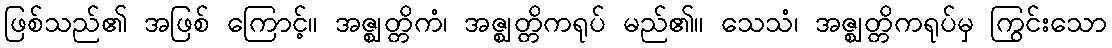
ဖြစ်သည်၏ အဖြစ် ကြောင့်။ အဇ္ဈတ္တိကံ၊ အဇ္ဈတ္တိကရုပ် မည်၏။ သေသံ၊ အဇ္ဈတ္တိကရုပ်မှ ကြွင်းသော